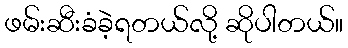
ဖမ်းဆီးခံခဲ့ရတယ်လို့ ဆိုပါတယ်။